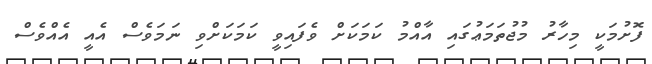
ފޮށުމަކީ މިހާރު މުޖުތަމަޢުގައި އާއްމު ކަމަކަށް ވެފައިވީ ކަމަކަށްވި ނަމަވެސް އެއީ އެއްވެސް